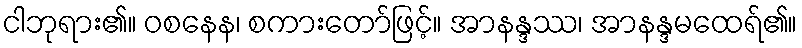
ငါဘုရား၏။ ဝစနေန၊ စကားတော်ဖြင့်။ အာနန္ဒဿ၊ အာနန္ဒမထေရ်၏။